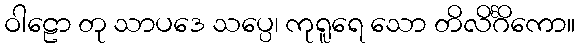
ဝါဠော တု သာပဒေ သပ္ပေ၊ ကုရူရေ သော တိလိင်္ဂိကော။